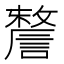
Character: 𧫬